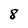
Character: 8